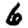
Digit: 6